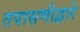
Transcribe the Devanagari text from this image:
तपासणीद्वारे